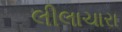
લીલાચારા